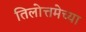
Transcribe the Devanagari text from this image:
तिलोत्तमेच्या